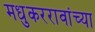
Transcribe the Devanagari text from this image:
मधुकररावांच्या